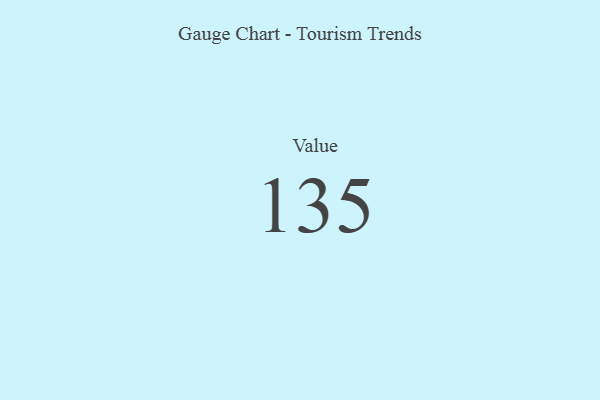
{"axis": {"x": "Metric", "y": "Value"}, "legend": [""], "data": [{"x": "Value", "y": 135, "type": ""}]}